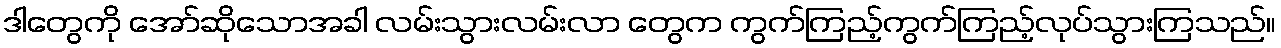
ဒါတွေကို အော်ဆိုသောအခါ လမ်းသွားလမ်းလာ တွေက ကွက်ကြည့်ကွက်ကြည့်လုပ်သွားကြသည်။